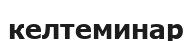
келтеминар